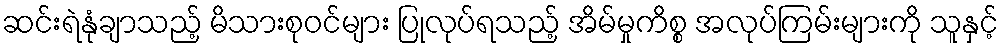
ဆင်းရဲနုံချာသည့် မိသားစုဝင်များ ပြုလုပ်ရသည့် အိမ်မှုကိစ္စ အလုပ်ကြမ်းများကို သူနှင့်